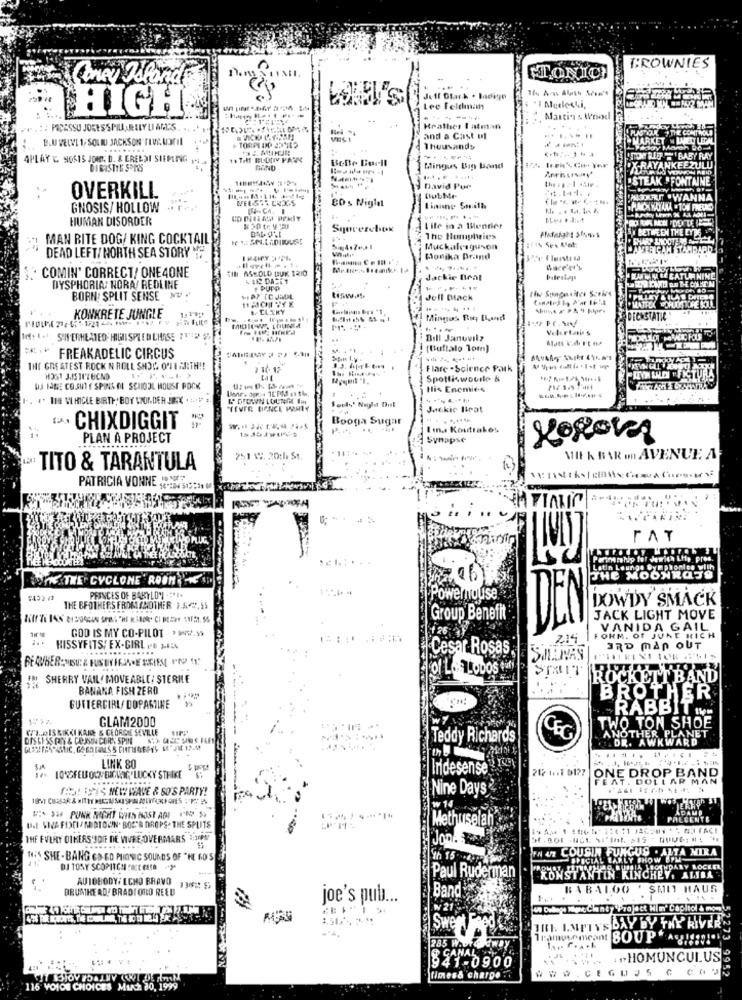
BROWNIES
Coney Island
ETONIC
Jeff Clark . Madigo
HIGH
Lee Feldmann
....----
Martin & Wood
PODESSU JORESSPILLARELYLIAM'S
Heather I atman
.. ....
BLU VELVE 1, SOLID JACKSON FIVE LOFIL
TORPIDO JONES
and a Cast uf
Thousands
APLAY &. NOS15 JONT. D. & ERELAIS
BeBe Borll
"TOUSET -BABY RAY
Mingus Big band
KEEZULU
FONTAINE
David Pur
OVERKILL
80 s Niglet
DubMe
-WAN
GNOSIS/ HOLLOW
-
HUMAN DISORDER
$ 20 te y EU
Sqoverebok
Life in a Mendier
MAN BITE DOG/ KING COCKTAIL
The Humulties
Muckalraguson
DEAD LEFT/ NORTH SEA STORY **
Monika Brand
· COMIN' CORRECT/ ONE4ONE
TINI ASKOLO DUK TRIO
hace'er's
FIN DASET
Jackie Beat
DYSPHORIA; HORA/ REDLINE
+ PUDO
BORN: SPLIT SENSE NO
1 ACHTYX
Jull Black
KONKRETE JUNGLE
Mingus Fo Blanc
Velertains
In+ ++ SIERHEATED. HIGHSPEED CHASE ?TIP $>
Bill Janovilz
(Buffalo lom)
FREAKADELIC CIRCUS
THE GREATEST ROCK N ROLL SHOP ONEARTH !!
2 10 12
. .
Flare .Science Park
tif
Spottiswourle &
DJ HABE CO.SUTY SPINS OL SCHOOL HOUSE POCK
His Enemies
THE VEHICLE BIRTH, BOY WONDER JIK ...
"TEVER DANCE PARTY
Jackie Iteat
Booga Sugar
" CHIXDIGGIT
I ina Kostrakes
PLAN A PROJECT
Synapse
...
751 49. 20th St.
. ...
Mit K BAR m AVENUE A
TITO & TARANTULA
PATRICIA VONNE PONTE
..
FAT
WOK THE CYCLONE ROOM
THE MOONROSS
DEN
PRINCES OF BABYLON -** E.
Powernause
DOWDY SMACK
THE BFOTHERS FROMANOTHER 1.5℃.$5
Group Benefit
JACK LIGHT MOVE
GOD IS MY CO-PILOT .99
DEN
VANIDA GAIL
214
FORM. OF JUNE RICH
HISSYFITS: EX-GIRL Po -
Cesar Rosas
3RD MAN OUT
STRIT
I SHERRY VAIL" MOVEABLE: STERILE
IROCKETT BAND
BANANA FISH ZERO
BROTHER
GUTTERCIRL/ DOPAMINE
RABBIT "
GLAM2000
GTA.PIS KIKKI KAJOE & CEORDIE SEVILLE
TWO TON SHOE
ANOTHER PLANET
DISCI SS PRNY & COJSON CORY SPIN SIX CASES UNS FAR
Teddy Richards
CEG
DR. AWKWARD
LINK 80
Indesense
212 1.1 0127
LONGFELS OCH ENGVANG' LUCKY STRIKE
ONE DROP BAND
FEAT . DOLLAR MAN
SHO! THIS NEW WAVE & SO'S PARTY!
Nine Days
DAME
W: 3 PUNK NIGHT WIS HOST ANI I'M 5
PRESENTE
UNE VILA FIXCIANDTOWN. BOSTB DROPS. THE SPLITS
Methuselah
THE EVERY DINERS'JOIE DE VIVRE OVERMARS 3;10Pt"
Jool. Bu
EN 42 COUSIN FUNGUS . ALTA MIRA
W'S SHE-BANG CD-CO PHONIC SOUNDS OF "HE 60'S
th 15 49
SPECIAL EARLY FHOW &PM
DJ TONY SCOPITCH FREE ESTA 2ª
BOUNDARY LOCKET
Paul Ruderman
KONSTANTIN KINCHEY. ALIBA
ALIBA
BRUNTHE AD! BRADI ORLO REED
AUTOBODY: LOMO BRAVO 1302: 55
Band
BABALOO ' SMU HAUS
joe's pub ...
Oitol & moss
IRI. LMPTYS DAY BY THE RIVER
Sweet
285 Wa
03
CANAL
... HOMUNCULUS
941-0900
CEGUUS C COP
9952
times& charge .
115 VOION CHOICES Much JO,